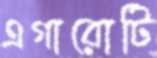
এগারোটি